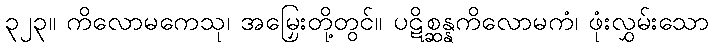
၃၂၃။ ကိလောမကေသု၊ အမြှေးတို့တွင်။ ပဋိစ္ဆန္နကိလောမကံ၊ ဖုံးလွှမ်းသော